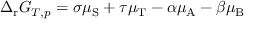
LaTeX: \Delta _ { \mathrm { r } } G _ { T , p } = \sigma \mu _ { \mathrm { S } } + \tau \mu _ { \mathrm { T } } - \alpha \mu _ { \mathrm { A } } - \beta \mu _ { \mathrm { B } }